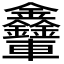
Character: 𨐃